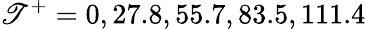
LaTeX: \mathscr{T}^{+}=0,27.8,55.7,83.5,111.4